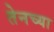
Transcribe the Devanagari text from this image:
तेनच्या